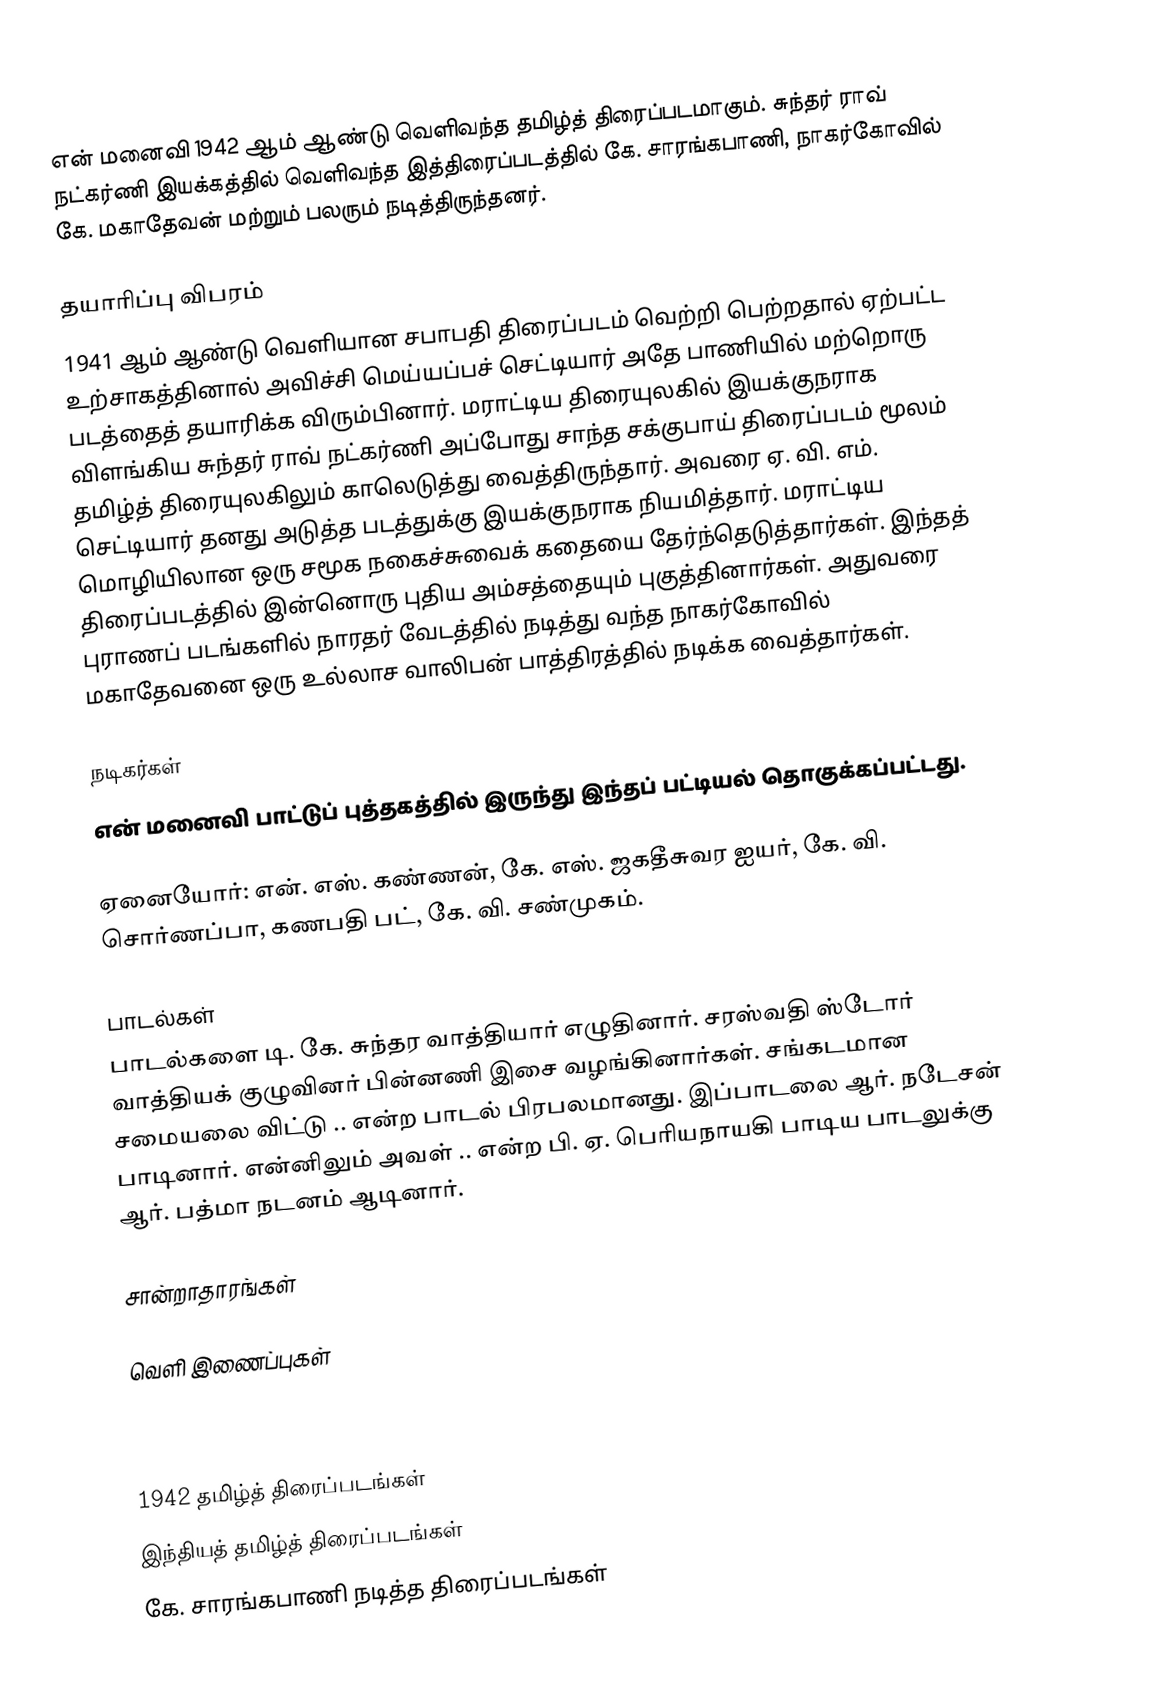
என் மனைவி 1942 ஆம் ஆண்டு வெளிவந்த தமிழ்த் திரைப்படமாகும். சுந்தர் ராவ் நட்கர்ணி இயக்கத்தில் வெளிவந்த இத்திரைப்படத்தில் கே. சாரங்கபாணி, நாகர்கோவில் கே. மகாதேவன் மற்றும் பலரும் நடித்திருந்தனர்.

தயாரிப்பு விபரம்
1941 ஆம் ஆண்டு வெளியான சபாபதி திரைப்படம் வெற்றி பெற்றதால் ஏற்பட்ட உற்சாகத்தினால் அவிச்சி மெய்யப்பச் செட்டியார் அதே பாணியில் மற்றொரு படத்தைத் தயாரிக்க விரும்பினார். மராட்டிய திரையுலகில் இயக்குநராக விளங்கிய சுந்தர் ராவ் நட்கர்ணி அப்போது சாந்த சக்குபாய் திரைப்படம் மூலம் தமிழ்த் திரையுலகிலும் காலெடுத்து வைத்திருந்தார். அவரை ஏ. வி. எம். செட்டியார் தனது அடுத்த படத்துக்கு இயக்குநராக நியமித்தார். மராட்டிய மொழியிலான ஒரு சமூக நகைச்சுவைக் கதையை தேர்ந்தெடுத்தார்கள். இந்தத் திரைப்படத்தில் இன்னொரு புதிய அம்சத்தையும் புகுத்தினார்கள். அதுவரை புராணப் படங்களில் நாரதர் வேடத்தில் நடித்து வந்த நாகர்கோவில் மகாதேவனை ஒரு உல்லாச வாலிபன் பாத்திரத்தில் நடிக்க வைத்தார்கள்.

நடிகர்கள்
என் மனைவி பாட்டுப் புத்தகத்தில் இருந்து இந்தப் பட்டியல் தொகுக்கப்பட்டது.

ஏனையோர்: என். எஸ். கண்ணன், கே. எஸ். ஜகதீசுவர ஐயர், கே. வி. சொர்ணப்பா, கணபதி பட், கே. வி. சண்முகம்.

பாடல்கள்
பாடல்களை டி. கே. சுந்தர வாத்தியார் எழுதினார். சரஸ்வதி ஸ்டோர் வாத்தியக் குழுவினர் பின்னணி இசை வழங்கினார்கள். சங்கடமான சமையலை விட்டு .. என்ற பாடல் பிரபலமானது. இப்பாடலை ஆர். நடேசன் பாடினார். என்னிலும் அவள் .. என்ற பி. ஏ. பெரியநாயகி பாடிய பாடலுக்கு ஆர். பத்மா நடனம் ஆடினார்.

சான்றாதாரங்கள்

வெளி இணைப்புகள்

1942 தமிழ்த் திரைப்படங்கள்
இந்தியத் தமிழ்த் திரைப்படங்கள்
கே. சாரங்கபாணி நடித்த திரைப்படங்கள்